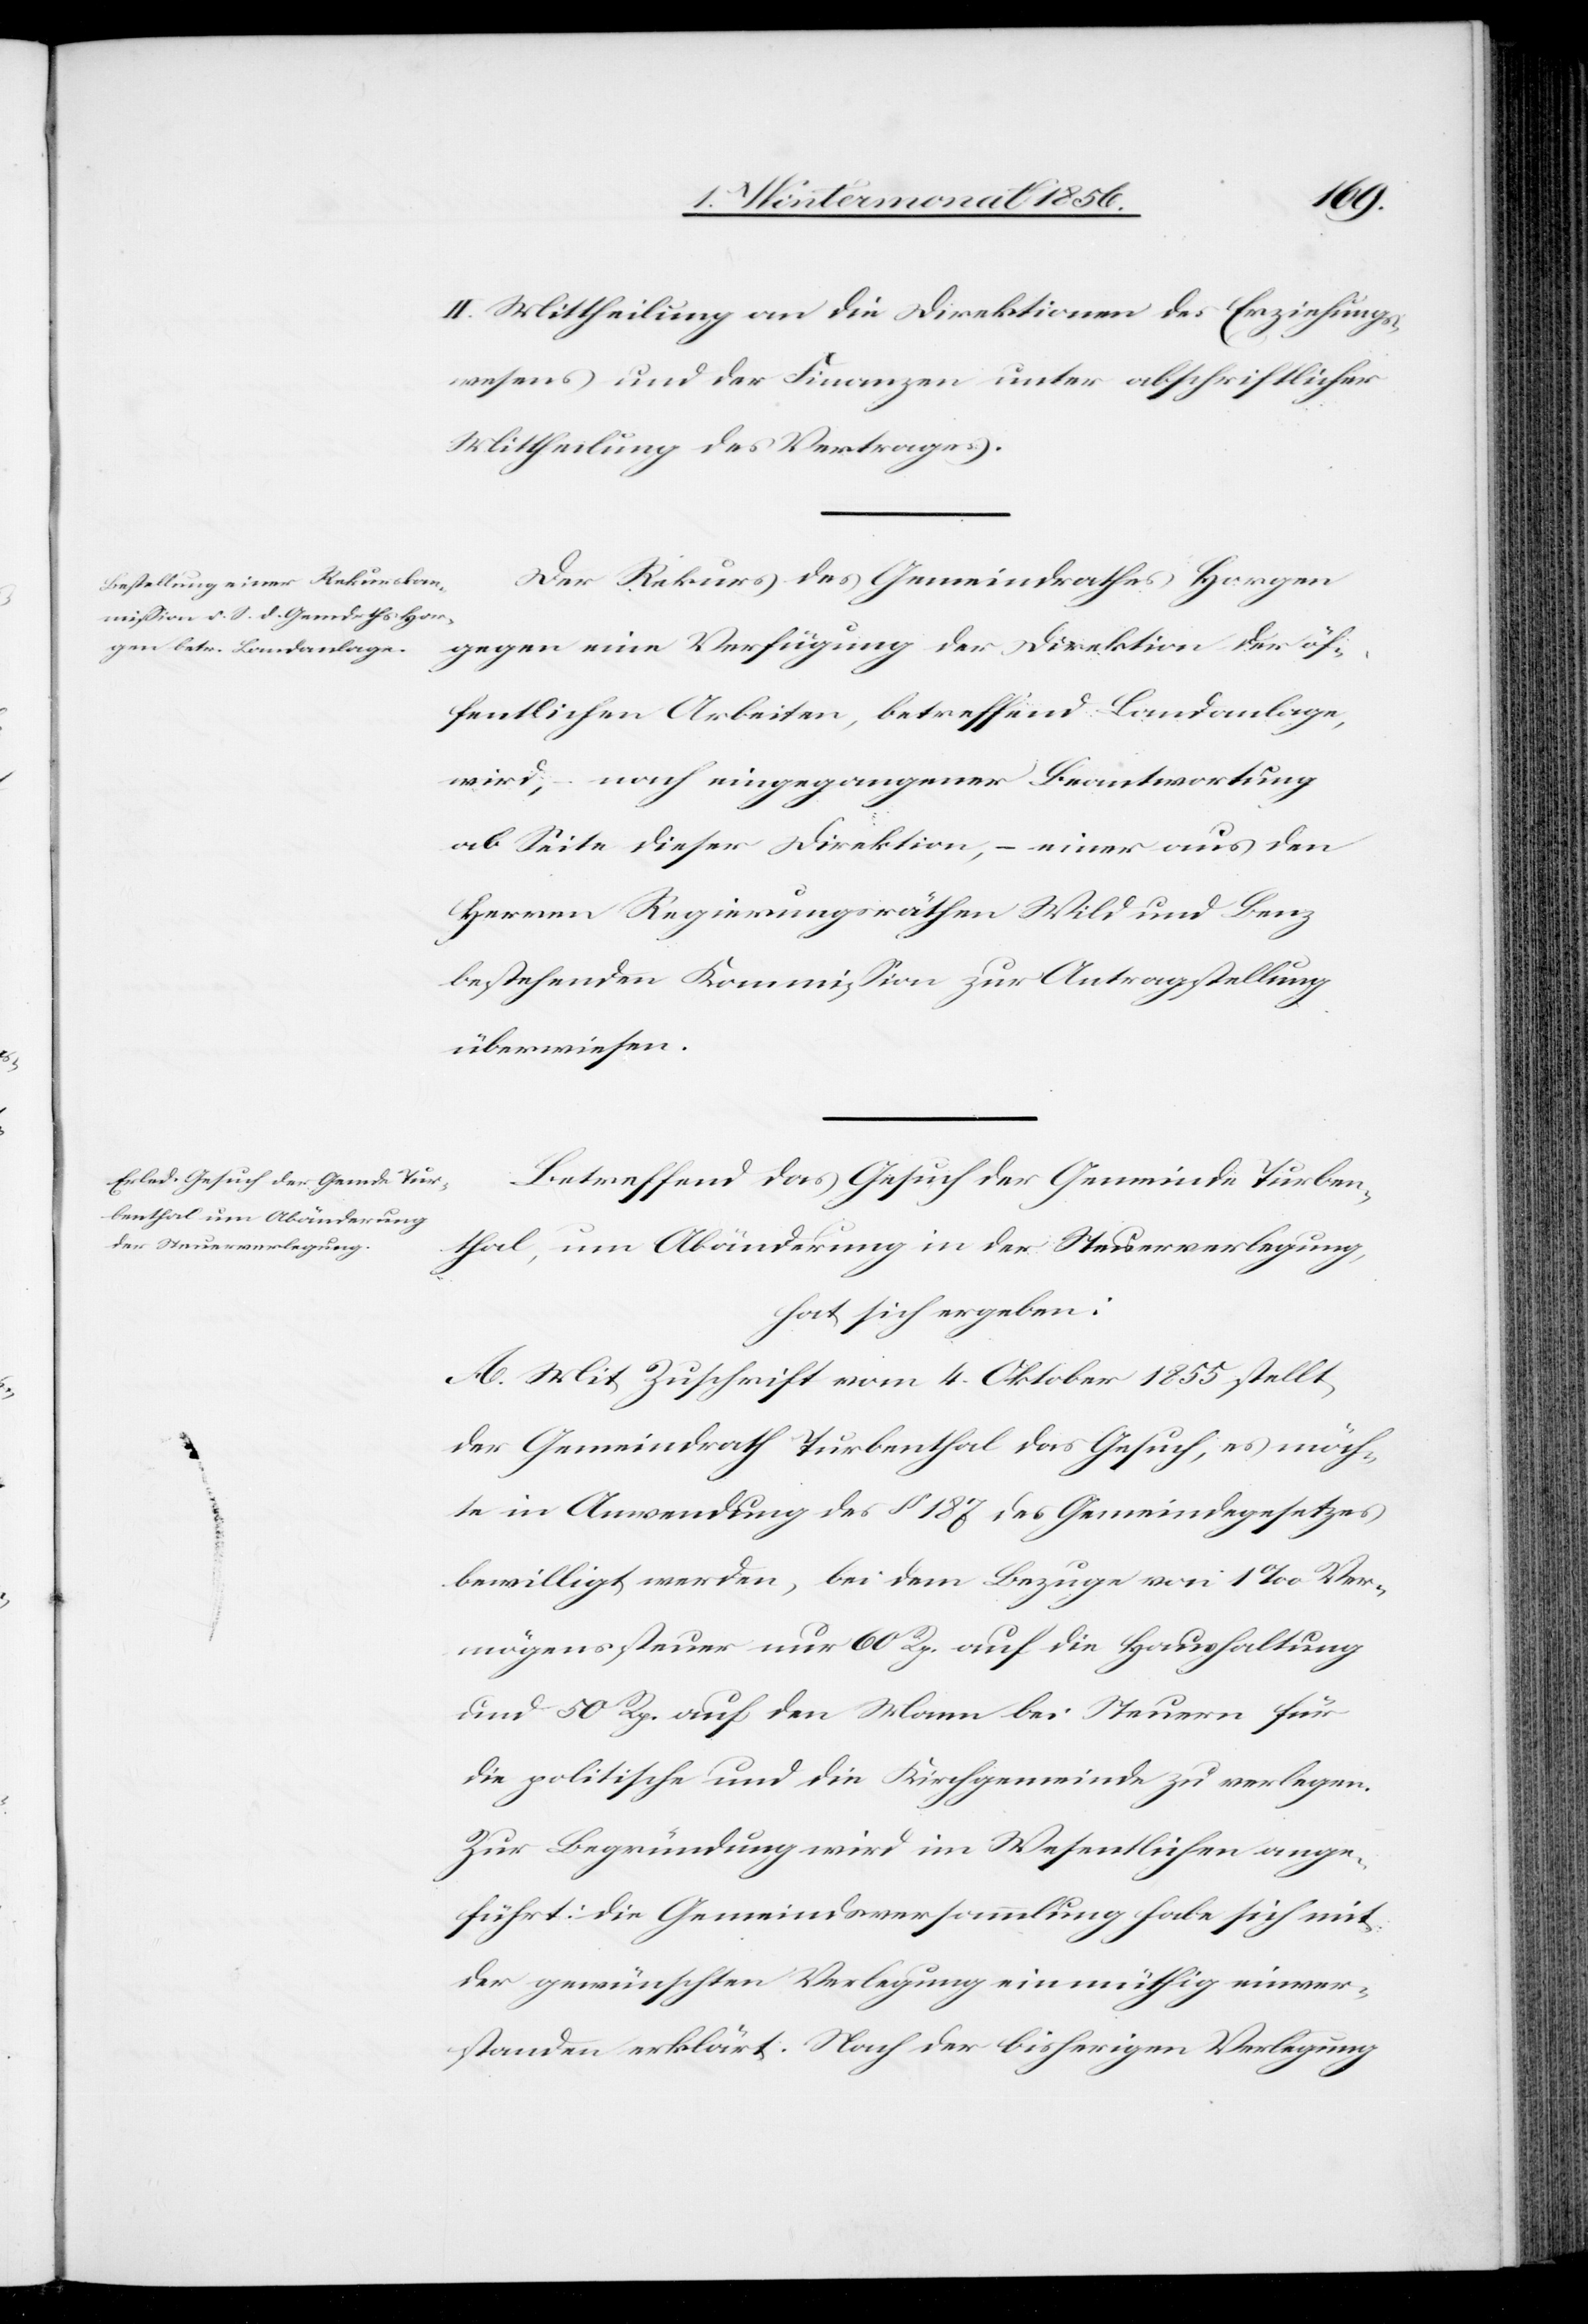
II. Mittheilung an die Direktionen des Erziehungs¬
wesens und der Finanzen unter abschriftlicher
Mittheilung des Vertrages.
Der Rekurs des Gemeindrathes Horgen
gegen eine Verfügung der Direktion der öf¬
fentlichen Arbeiten, betreffend Landanlage,
wird, – nach eingegangener Beantwortung
ab Seite dieser Direktion, – einer aus den
Herren Regierungsräthen Wild und Benz
bestehenden Kommission zur Antragstellung
überwiesen.
Betreffend das Gesuch der Gemeinde Turben¬
thal, um Abänderung in der Steuerverlegung,
hat sich ergeben:
A. Mit Zuschrift vom 4. Oktober 1855 stellt
der Gemeindrath Turbenthal das Gesuch, es möch¬
te in Anwendung des § 187 des Gemeindegesetzes
bewilligt werden, bei dem Bezuge von 1‰ Ver¬
mögenssteuer nur 60 Rp. auf die Haushaltung
und 50 Rp. auf den Mann bei Steuern für
die politische und die Kirchgemeinde zu verlegen.
Zur Begründung wird im Wesentlichen ange¬
führt: Die Gemeindsversammlung habe sich mit
der gewünschten Verlegung einmüthig einver¬
standen erklärt. Nach der bisherigen Verlegung